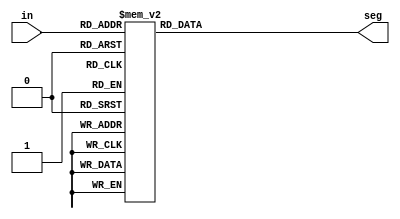
//Type: Module
//-----------------------------------------------------------------
//Purpose:BCD 7 Segment Dispaly


module bcd(in,seg);
input[3:0] in;
output reg [6:0] seg;
always@(in)
case(in)
0:seg=7'b0000001;
1:seg=7'b1001111;
2:seg=7'b0010010;
3:seg=7'b0000110;
4:seg=7'b1001100;
5:seg=7'b0100100;
6:seg=7'b0100000;
7:seg=7'b0001111;
8:seg=7'b0000000;
9:seg=7'b0000001;
default:seg=7'b1111111;
endcase
endmodule